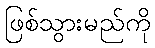
ဖြစ်သွားမည်ကို